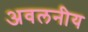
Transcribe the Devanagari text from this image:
अवलनीय